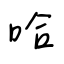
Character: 哈